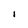
Character: i